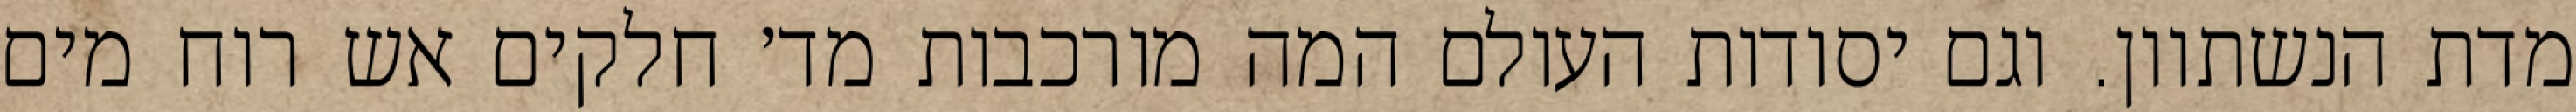
מדת הנשתוון. וגם יסודות העולם המה מורכבות מד׳ חלקים אש רוח מים